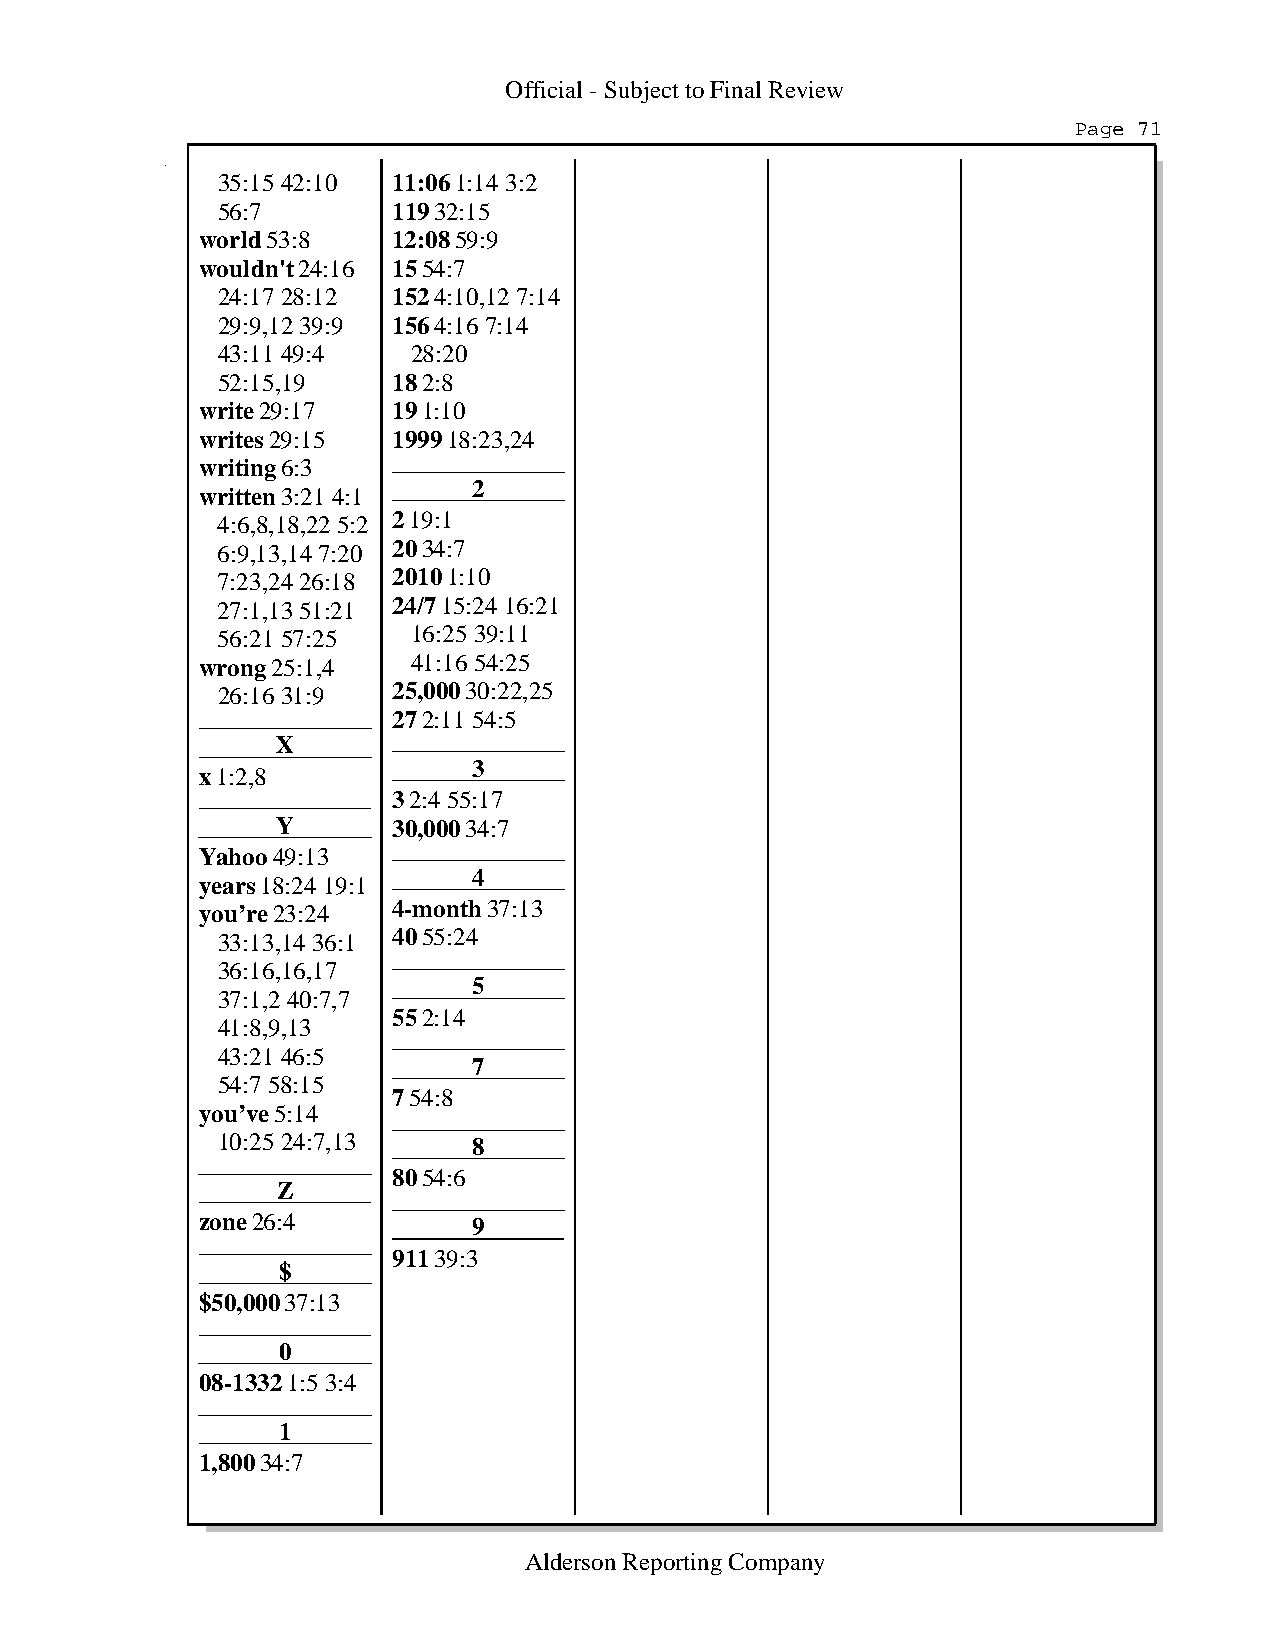
Official - Subject to Final Review
 Page 71
 35:15 42:10 11:06 1:14 3:2
 56:7        119 32:15
 world 53:8   12:08 59:9
 wouldn't 24:16 15 54:7
 24:17 28:12 152 4:10,12 7:14
 29:9,12 39:9 156 4:16 7:14
 43:11 49:4   28:20
 52:15,19    18 2:8
 write 29:17  19 1:10
 writes 29:15 1999 18:23,24
 writing 6:3
 2
 written 3:21 4:1
 4:6,8,18,22 5:2 2 19:1
 6:9,13,14 7:20 20 34:7
 7:23,24 26:18 2010 1:10
 27:1,13 51:21 24/7 15:24 16:21
 56:21 57:25  16:25 39:11
 wrong 25:1,4  41:16 54:25
 26:16 31:9  25,000 30:22,25
 27 2:11 54:5
 X
 3
 x 1:2,8
 3 2:4 55:17
 Y       30,000 34:7
 Yahoo 49:13
 4
 years 18:24 19:1
 you’re 23:24 4-month 37:13
 33:13,14 36:1 40 55:24
 36:16,16,17
 5
 37:1,2 40:7,7
 55 2:14
 41:8,9,13
 43:21 46:5
 7
 54:7 58:15
 7 54:8
 you’ve 5:14
 10:25 24:7,13    8
 80 54:6
 Z
 zone 26:4         9
 911 39:3
 $
 $50,000 37:13
 0
 08-1332 1:5 3:4
 1
 1,800 34:7
 Alderson Reporting Company